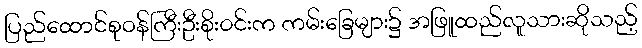
ပြည်ထောင်စုဝန်ကြီးဦးစိုးဝင်းက ကမ်းခြေများ၌ အဖြူထည်လူသားဆိုသည့်